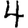
Digit: 4